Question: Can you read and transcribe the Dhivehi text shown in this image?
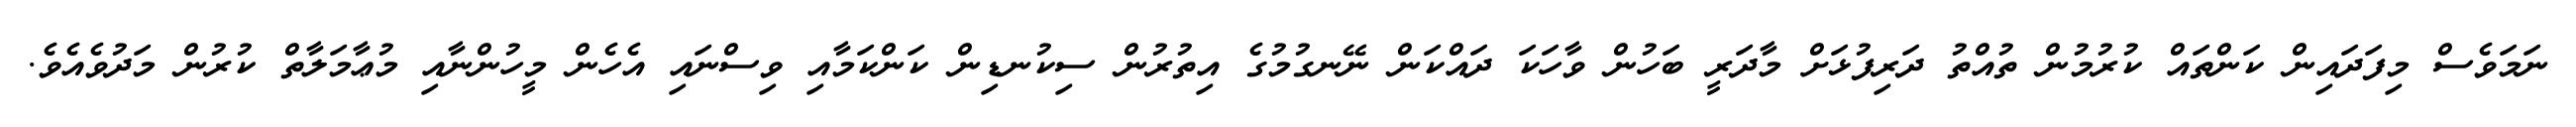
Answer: ނަމަވެސް މިފަދައިން ކަންތައް ކުރުމުން ތުއްތު ދަރިފުޅަށް މާދަރީ ބަހުން ވާހަކަ ދައްކަން ނޭނގުމުގެ އިތުރުން ސިކުނޑިން ކަންކަމާއި ވިސްނައި އެހެން މީހުންނާއި މުޢާމަލާތް ކުރުން މަދުވެއެވެ.